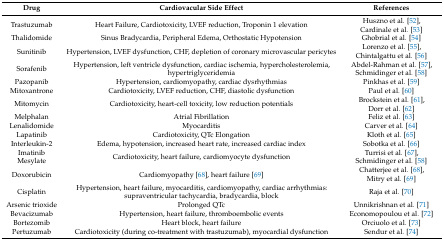
<table><thead><tr><td><b>Drug</b></td><td><b>Cardiovacular Side Effect</b></td><td><b>References</b></td></tr></thead><tbody><tr><td>Trastuzumab</td><td>Heart Failure, Cardiotoxicity, LVEF reduction, Troponin 1 elevation</td><td>Huszno et al. [52], Cardinale et al. [53]</td></tr><tr><td>Thalidomide</td><td>Sinus Bradycardia, Peripheral Edema, Orthostatic Hypotension</td><td>Ghobrial et al. [54]</td></tr><tr><td>Sunitinib</td><td>Hypertension, LVEF dysfunction, CHF, depletion of coronary microvascular pericytes</td><td>Lorenzo et al. [55], Chintalgattu et al. [56]</td></tr><tr><td>Sorafenib</td><td>Hypertension, left ventricle dysfunction, cardiac ischemia, hypercholesterolemia, hypertriglyceridemia</td><td>Abdel-Rahman et al. [57], Schmidinger et al. [58]</td></tr><tr><td>Pazopanib</td><td>Hypertension, cardiomyopathy, cardiac dysrhythmias</td><td>Pinkhas et al. [59]</td></tr><tr><td>Mitoxantrone</td><td>Cardiotoxicity, LVEF reduction, CHF, diastolic dysfunction</td><td>Paul et al. [60]</td></tr><tr><td>Mitomycin</td><td>Cardiotoxicity, heart-cell toxicity, low reduction potentials</td><td>Brockstein et al. [61], Dorr et al. [62]</td></tr><tr><td>Melphalan</td><td>Atrial Fibrillation</td><td>Feliz et al. [63]</td></tr><tr><td>Lenalidomide</td><td>Myocarditis</td><td>Carver et al. [64]</td></tr><tr><td>Lapatinib</td><td>Cardiotoxicity, QTc Elongation</td><td>Kloth et al. [65]</td></tr><tr><td>Interleukin-2</td><td>Edema, hypotension, increased heart rate, increased cardiac index</td><td>Sobotka et al. [66]</td></tr><tr><td>Imatinib Mesylate</td><td>Cardiotoxicity, heart failure, cardiomyocyte dysfunction </td><td>Turrisi et al. [67], Schmidinger et al. [58]</td></tr><tr><td>Doxorubicin</td><td>Cardiomyopathy [68], heart failure [69] </td><td>Chatterjee et al. [68], Mitry et al. [69]</td></tr><tr><td>Cisplatin</td><td>Hypertension, heart failure, myocarditis, cardiomyopathy, cardiac arrhythmias: supraventricular tachycardia, bradycardia, block</td><td>Raja et al. [70]</td></tr><tr><td>Arsenic trioxide</td><td>Prolonged QTc</td><td>Unnikrishnan et al. [71]</td></tr><tr><td>Bevacizumab</td><td>Hypertension, heart failure, thromboembolic events</td><td>Economopoulou et al. [72]</td></tr><tr><td>Bortezomib</td><td>Heart block, heart failure</td><td>Orciuolo et al. [73]</td></tr><tr><td>Pertuzumab</td><td>Cardiotoxicity (during co-treatment with trastuzumab), myocardial dysfunction</td><td>Sendur et al. [74]</td></tr></tbody></table>